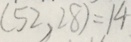
( 5 2 , 2 8 ) = 1 4